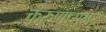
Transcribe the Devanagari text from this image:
करुणासभर